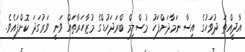
އާދީއްތަ ދުވަހުގެ އިސާ ނަމާދަށްފަހު މުސްލިމް ބްރަދަހުޑްގެ މުޒާހަރާތައް ވަނީ ވަރުގަދަ ކޮށްފައެވެ.